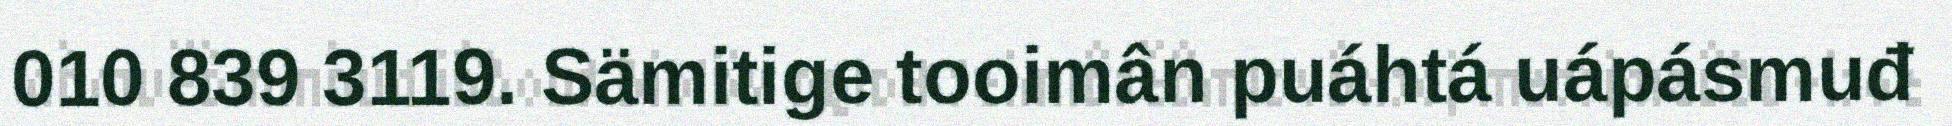
010 839 3119. Sämitige tooimân puáhtá uápásmuđ